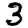
Digit: 3